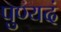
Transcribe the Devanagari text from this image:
पुण्यदं